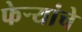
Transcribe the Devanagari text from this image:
फेर्‍यांचे